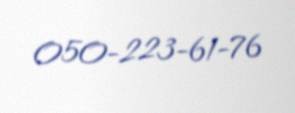
050-223-61-76